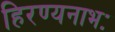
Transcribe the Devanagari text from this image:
हिरण्यनाभः